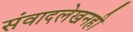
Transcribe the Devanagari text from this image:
संवादलेखनही